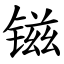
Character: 镃